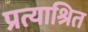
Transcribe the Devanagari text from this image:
प्रत्याश्रित